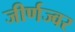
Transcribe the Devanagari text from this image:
जीर्णज्वर